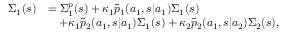
\begin{array} { r l } { \Sigma _ { 1 } ( s ) } & { = \Sigma _ { 1 } ^ { p } ( s ) + \kappa _ { 1 } \widetilde { p } _ { 1 } ( a _ { 1 } , s | a _ { 1 } ) \Sigma _ { 1 } ( s ) } \\ & { \quad + \kappa _ { 1 } \widetilde { p } _ { 2 } ( a _ { 1 } , s | a _ { 1 } ) \Sigma _ { 1 } ( s ) + \kappa _ { 2 } \widetilde { p } _ { 2 } ( a _ { 1 } , s | a _ { 2 } ) \Sigma _ { 2 } ( s ) , } \end{array}